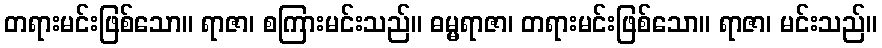
တရားမင်းဖြစ်သော။ ရာဇာ၊ စကြားမင်းသည်။ ဓမ္မရာဇာ၊ တရားမင်းဖြစ်သော။ ရာဇာ၊ မင်းသည်။